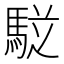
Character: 𲋷